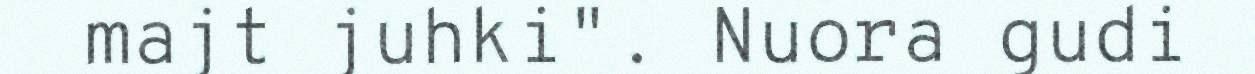
majt juhki". Nuora gudi